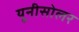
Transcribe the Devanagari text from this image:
यूनीसोलर